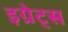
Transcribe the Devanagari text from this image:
इग्रेट्स